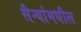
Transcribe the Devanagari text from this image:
सैन्यांमधील